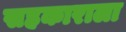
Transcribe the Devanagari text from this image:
सहकाराला